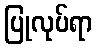
ပြုလုပ်ရာ